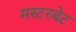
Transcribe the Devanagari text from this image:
मस्टरबेट